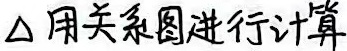
\(\triangle\) 用关系图进行计算